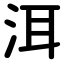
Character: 洱